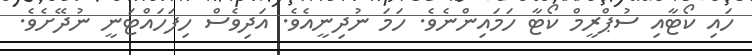
ހައި ކޯޓާއި ސުޕްރީމް ކޯޓާ ހަމައިންނެވެ. ހަމަ ނުދިނީއެވެ. އަދިވެސް ހިފަހައްޓަނީ ނުދޭށެވެ.